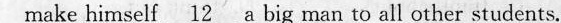
make hiznself \underline{12} s bug nan to all ctber suxlenta "